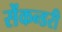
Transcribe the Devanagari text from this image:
सेंकन्‍डरी